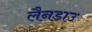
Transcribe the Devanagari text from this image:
लैनडाउ